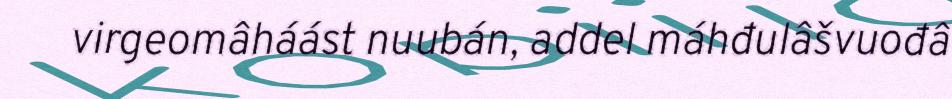
virgeomâháást nuubán, addel máhđulâšvuođâ